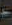
-